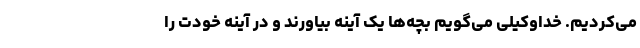
می‌کردیم. خداوکیلی می‌گویم بچه‌ها یک آینه بیاورند و در آینه خودت را